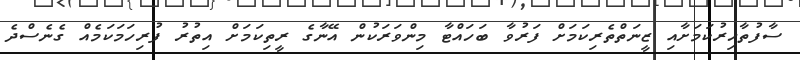
ސާފުތާހިރުކަމަށާއި ޒީނަތްތެރިކަމަށް ފަރުވާ ބަހައްޓާ މިންވަރަކުން އޭނާގެ ރީތިކަމަށް އިތުރު ފުރިހަމަކަމެއް ގެނެސްދެ